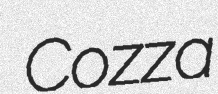
Cozza